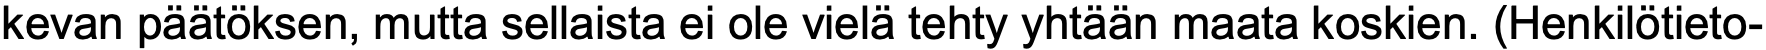
kevan päätöksen, mutta sellaista ei ole vielä tehty yhtään maata koskien. (Henkilötieto-